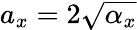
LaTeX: a_{x}=2\sqrt{\alpha_{x}}